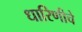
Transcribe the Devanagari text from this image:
धारिणीचे